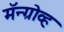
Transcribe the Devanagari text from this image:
मॅन्ग्रोव्ह